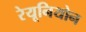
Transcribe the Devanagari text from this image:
रेयूनियोन